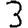
Digit: 3